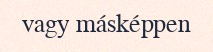
vagy másképpen